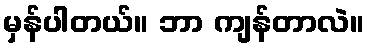
မှန်ပါတယ်။ ဘာ ကျန်တာလဲ။